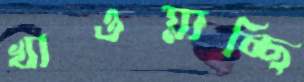
খাওয়াচ্ছি